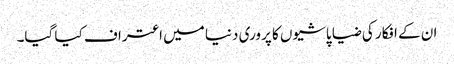
ان کے افکار کی ضیا پاشیوں کا پروری دنیا میں اعتراف کیا گیا۔